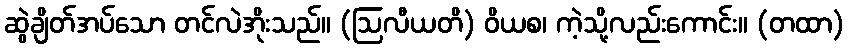
ဆွဲချိတ်အပ်သော တင်လဲအိုးသည်။ (ဩလီယတိ) ဝိယစ၊ ကဲ့သို့လည်းကောင်း။ (တထာ)